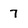
Character: 7